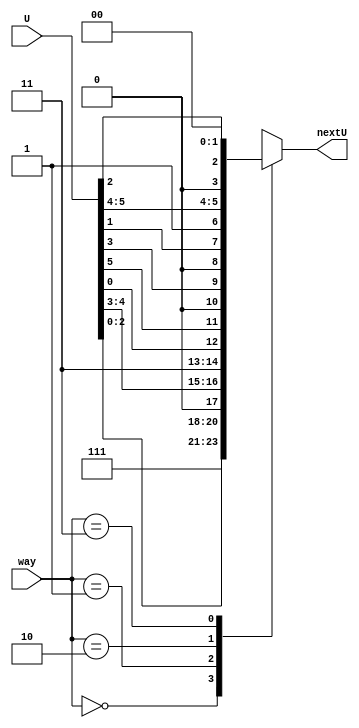
`timescale 1ns / 1ps
//////////////////////////////////////////////////////////////////////////////////
// Company: 
// Engineer: 
// 
// Design Name: 
// Module Name: nextU
// Project Name: 
// Target Devices: 
// Tool Versions: 
// Description: 
// 
// Dependencies: 
// 
// Revision:
// Revision 0.01 - File Created
// Additional Comments:
// 
//////////////////////////////////////////////////////////////////////////////////


module nextU(
    input [5:0] U,
    input [1:0] way,
    output reg [5:0] nextU
    );
    
    always@(*)
    case(way)
    2'b00:nextU<={3'b111,U[2:0]};
    2'b01:nextU<={1'b0,U[4:3],2'b11,U[0]};
    2'b10:nextU<={U[5],1'b0,U[3],1'b0,U[1],1'b1};
    2'b11:nextU<={U[5:4],1'b0,U[2],2'b00};
    default:nextU<=6'bxxxxxx;
    endcase
    
endmodule